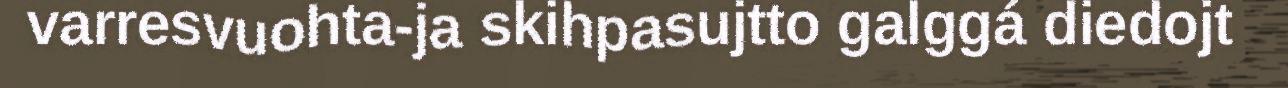
varresvuohta-ja skihpasujtto galggá diedojt